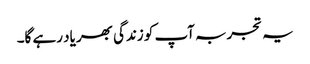
یہ تجربہ آپ کو زندگی بھر یاد رہے گا۔